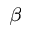
_ { \beta }